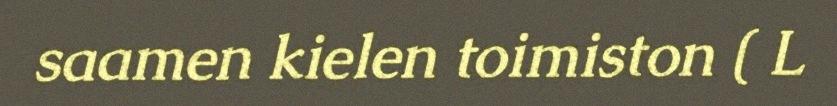
saamen kielen toimiston ( L